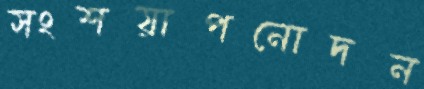
সংশয়াপনোদন